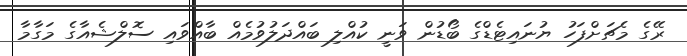
ރޭގެ މެޗަށްފަހު ޔުނައިޓެޑްގެ ބޯޑުން ވަނީ ކުއްލި ބައްދަލުވުމެއް ބާއްވައި ސޮލްޝެއާގެ މަގާމާ